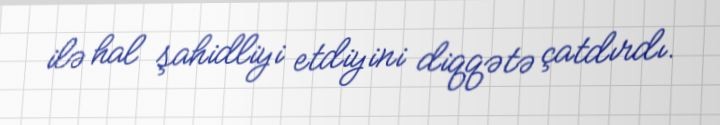
ilə hal şahidliyi etdiyini diqqətə çatdırdı.